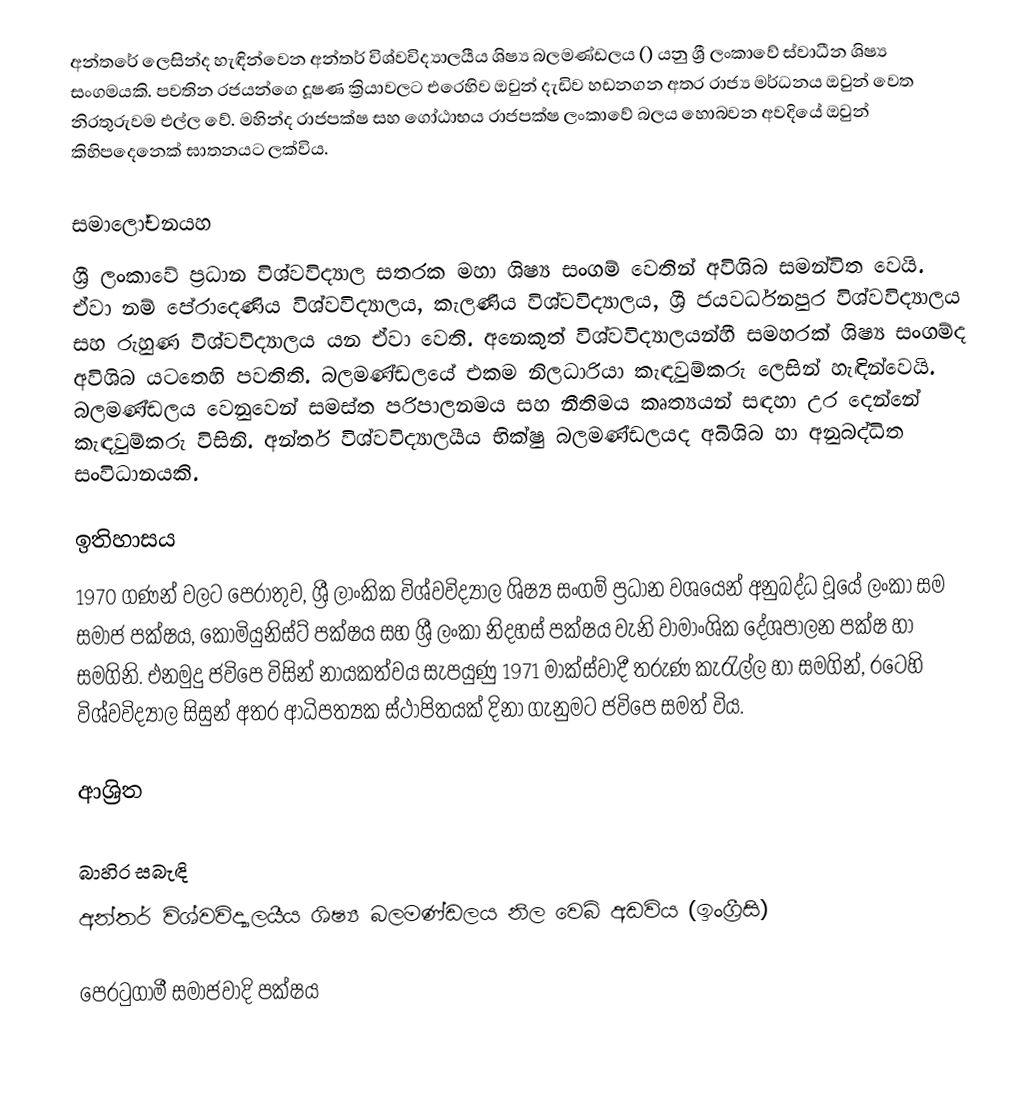
අන්තරේ ලෙසින්ද හැඳින්වෙන අන්තර් විශ්වවිද්‍යාලයීය ශිෂ්‍ය බලමණ්ඩලය () යනු ශ්‍රී ලංකාවේ ස්වාධීන ශිෂ්‍ය සංගමයකි. පවතින රජයන්ගෙ  දූෂණ ක්‍රියාවලට එරෙහිව ඔවුන් දැඩිව හඩනගන අතර රාජ්‍ය මර්ධනය ඔවුන් වෙත නිරතුරුවම එල්ල වේ. මහින්ද රාජපක්ෂ සහ ගෝඨාභය රාජපක්ෂ ලංකාවේ බලය හොබවන අවදියේ ඔවුන් කිහිපදෙනෙක් ඝාතනයට ලක්විය.

සමාලෝචනයහ
ශ්‍රී ලංකාවේ ප්‍රධාන විශ්වවිද්‍යාල සතරක මහා ශිෂ්‍ය සංගම් වෙතින් අවිශිබ  සමන්විත වෙයි. ඒවා නම් පේරාදෙණිය විශ්වවිද්‍යාලය, කැලණිය විශ්වවිද්‍යාලය, ශ්‍රී ජයවර්ධනපුර විශ්වවිද්‍යාලය සහ  රුහුණ විශ්වවිද්‍යාලය යන ඒවා වෙති. අනෙකුත් විශ්වවිද්‍යාලයන්හී සමහරක් ශිෂ්‍ය සංගම්ද අවිශිබ යටතෙහි පවතිති. බලමණ්ඩලයේ එකම නිලධාරියා  කැඳවුම්කරු ලෙසින් හැඳින්වෙයි. බලමණ්ඩලය වෙනුවෙන් සමස්ත පරිපාලනමය සහ නීතිමය කෘත්‍යයන් සඳහා උර දෙන්නේ කැඳවුම්කරු විසිනි. අන්තර් විශ්වවිද්‍යාලයීය භික්ෂු බලමණ්ඩලයද අබිශිබ හා අනුබද්ධිත සංවිධානයකි.

ඉතිහාසය
1970 ගණන් වලට පෙරාතුව, ශ්‍රී ලාංකික විශ්වවිද්‍යාල ශිෂ්‍ය සංගම් ප්‍රධාන වශයෙන් අනුබද්ධ වූයේ  ලංකා සම සමාජ පක්ෂය, කොමියුනිස්ට් පක්ෂය සහ  ශ්‍රී ලංකා නිදහස් පක්ෂය වැනි වාමාංශික දේශපාලන පක්ෂ හා සමගිනි. එනමුදු ජවිපෙ විසින් නායකත්වය සැපයුණු 1971  මාක්ස්වාදී තරුණ කැරැල්ල හා සමගින්, රටෙහි විශ්වවිද්‍යාල සිසුන් අතර ආධිපත්‍යක  ස්ථාපිතයක් දිනා ගැනුමට ජවිපෙ සමත් විය.

ආශ්‍රිත

බාහිර සබැඳි
 අන්තර් විශ්වවිද්‍යාලයීය ශිෂ්‍ය බලමණ්ඩලය නිල වෙබ් අඩවිය (ඉංග්‍රීසි)

පෙරටුගාමී සමාජවාදි පක්ෂය